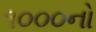
૧૦૦૦નો